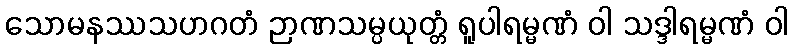
သောမနဿသဟဂတံ ဉာဏသမ္ပယုတ္တံ ရူပါရမ္မဏံ ဝါ သဒ္ဒါရမ္မဏံ ဝါ